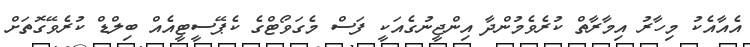
އެއާއެކު މިހާރު އިމާރާތް ކުރެވެމުންދާ އިންޖީނުގެއަކީ ފަސް މެގަވޯޓްގެ ކެޕޭސީޓީއެއް ބިލްޑް ކުރެވޭގޮތަށް